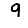
Digit: 9